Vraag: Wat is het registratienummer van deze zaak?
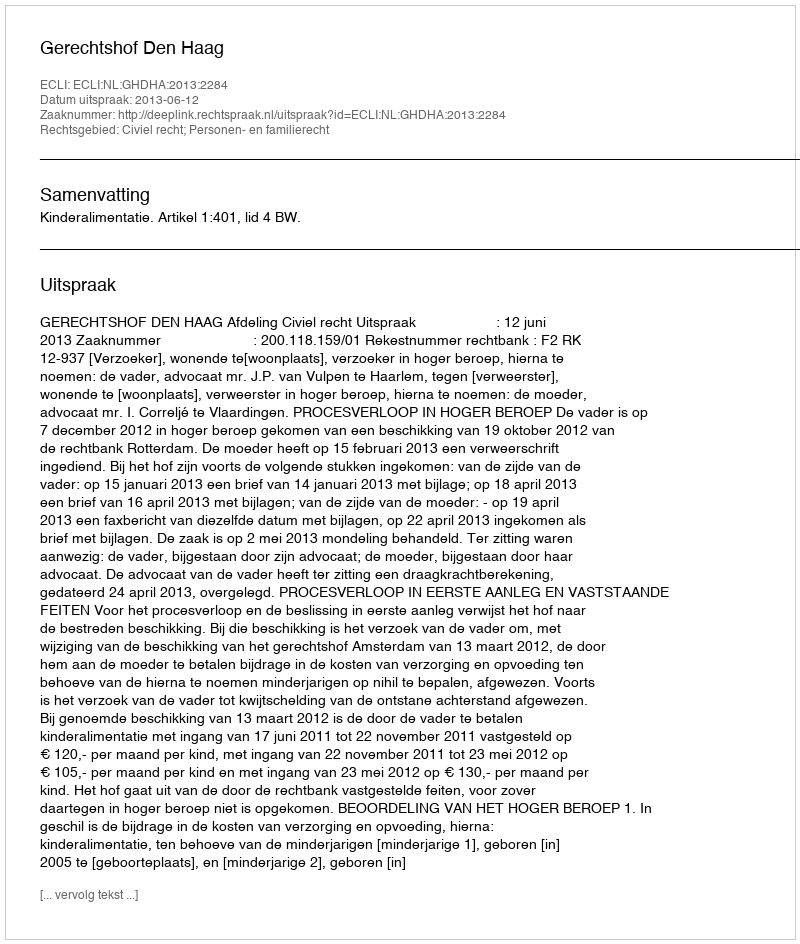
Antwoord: http://deeplink.rechtspraak.nl/uitspraak?id=ECLI:NL:GHDHA:2013:2284